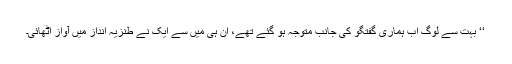
‘‘ بہت سے لوگ اب ہماری گفتگو کی جانب متوجہ ہو گئے تھے، ان ہی میں سے ایک نے طنزیہ انداز میں آواز اٹھائی۔